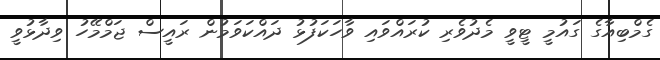
ގެމްބިއާގެ ގައުމީ ޓީވީ މެދުވެރި ކުރައްވައި ވާހަކަފުޅު ދައްކަވަމުން ރައީސް ޖަމްމޭހު ވިދާޅުވީ